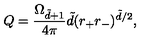
Q = \frac { \Omega _ { \tilde { d } + 1 } } { 4 \pi } \tilde { d } ( r _ { + } r _ { - } ) ^ { \tilde { d } / 2 } ,